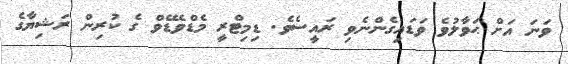
ވަނަ އަށް ޙަވާލުވެ ވަޑައިގެންނެވި ރައީސެވެ. ޑިމިޓްރީ މެޑްވެޑޭވް ގެ ކުރިން ރަޝިޔާގެ